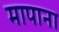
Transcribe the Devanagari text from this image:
मापाना